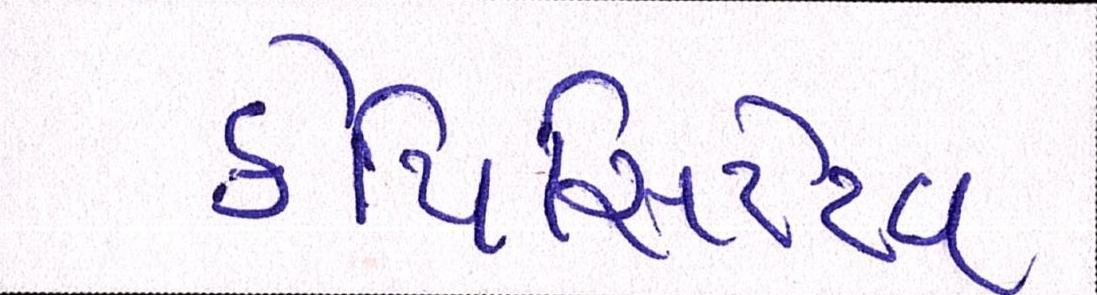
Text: કેપિસિટેટિવ